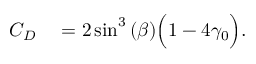
\begin{array} { r l } { C _ { D } } & { { } = { } 2 \sin ^ { 3 } { ( \beta ) } \Big ( 1 - 4 \gamma _ { 0 } \Big ) . } \end{array}